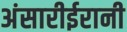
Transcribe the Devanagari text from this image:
अंसारीईरानी